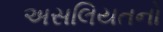
અસલિયતનો